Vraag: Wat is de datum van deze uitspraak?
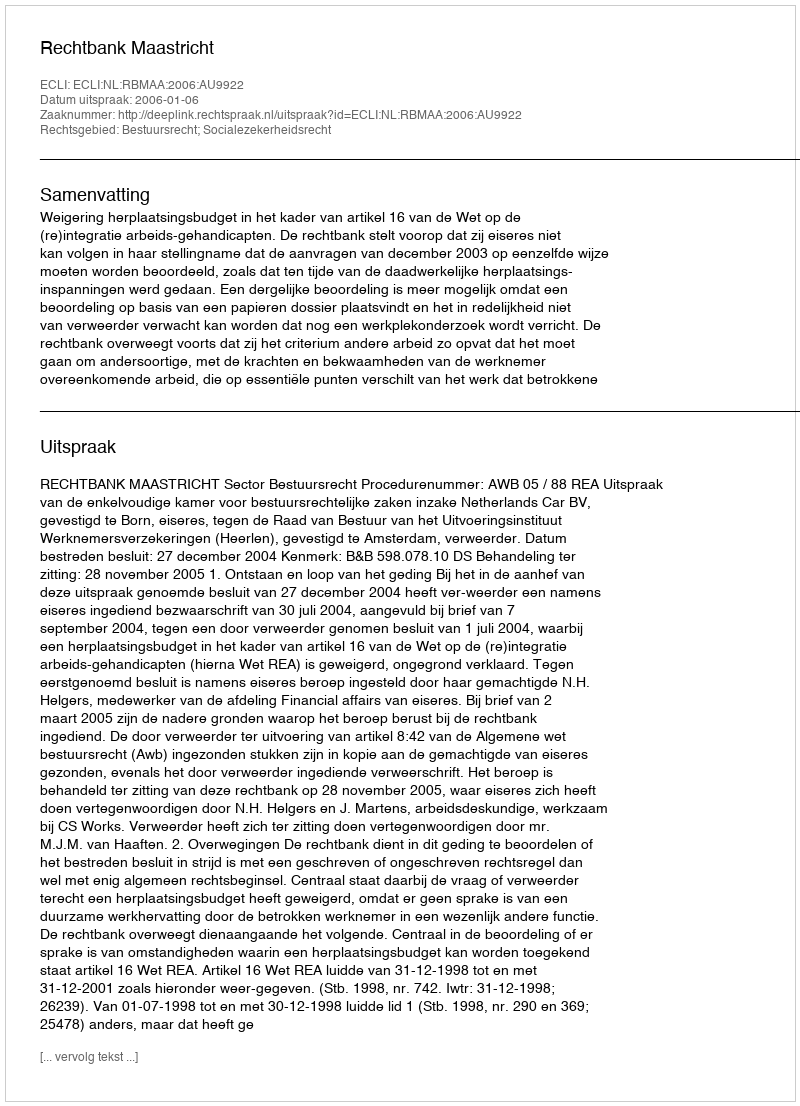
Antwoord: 2006-01-06